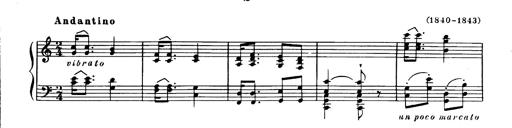
Title: Magyar dalok
Composer: Franz Liszt